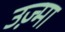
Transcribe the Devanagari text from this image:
उज़्मा